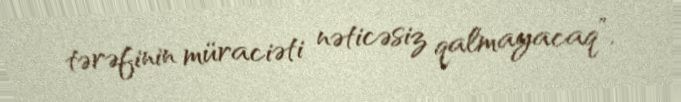
tərəfinin müraciəti nəticəsiz qalmayacaq”.